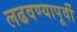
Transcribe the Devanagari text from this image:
लढवण्यापूर्वी